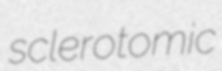
sclerotomic